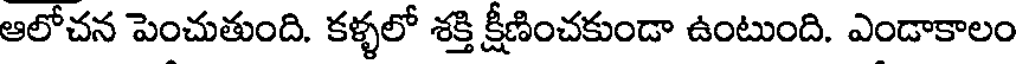
ఆలోచన పెంచుతుంది. కళ్ళలో శక్తి క్షీణించకుండా ఉంటుంది. ఎండాకాలం